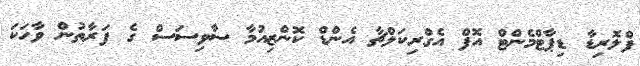
ފްލޮރިޑާ ޑިޕާޓްމެންޓް އޮފް އެގްރިކަލްޗާ އެންޑް ކޮންޒިއުމާ ސާވިސަސް ގެ ފަރާތުން ވާހަކަ